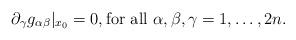
LaTeX: \begin{align*} \partial_{\gamma} g_{\alpha \beta}|_{x_0} = 0, \textrm{for all } \alpha, \beta, \gamma=1,\dots,2n.\end{align*}